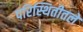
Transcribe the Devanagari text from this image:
परिस्थितीतले